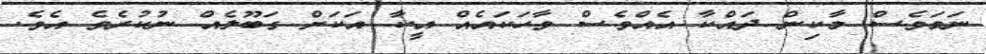
ނަމަވެސް މާކިން ދައްކާ އެއްވެސް ވާހަކައެއް އީކާ އަކަށް ގަބޫލެއް ނުކުރެވެ އެވެ.